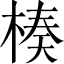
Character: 楱